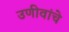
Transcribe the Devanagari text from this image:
उणीवांचे